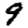
Digit: 9